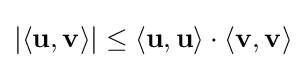
\left\vert \langle {\mathbf {u}},{\mathbf {v}}\rangle \right\vert \leq \langle {\mathbf {u}},{\mathbf {u}}\rangle \cdot \langle {\mathbf {v}},{\mathbf {v}}\rangle